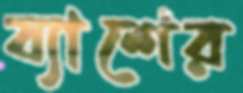
ব্যাশের